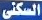
السكنى